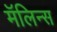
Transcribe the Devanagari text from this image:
मॅलिन्स